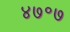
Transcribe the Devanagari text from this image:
४७॰७